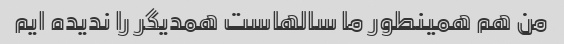
من هم همینطور ما سالهاست همدیگر را ندیده ایم